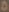
D